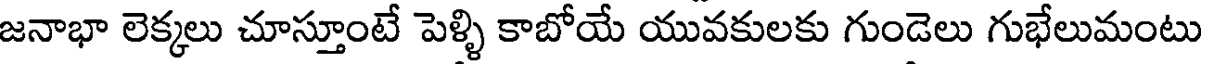
జనాభా లెక్కలు చూస్తూంటే పెళ్ళి కాబోయే యువకులకు గుండెలు గుభేలుమంటు